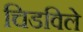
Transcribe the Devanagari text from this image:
चिडविले